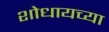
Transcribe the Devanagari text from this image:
शोधायच्या